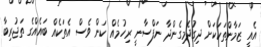
އެއީ ޒަމާންތަކަކަށް ދިގުދެމިގެންދާ ނަފްސާނީ ރިހުމެއް ކަން ވެސް އެތަކެއް ބައެއްގެ ތަޖުރިބާ